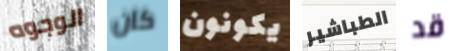
الوجوه كان يكونون الطباشير قد